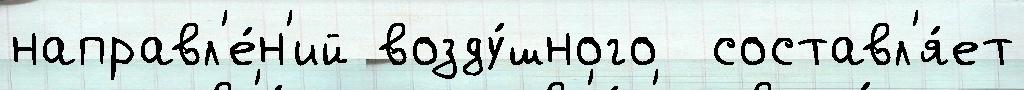
направл'е́н'ий возду́шного  составл'я́ет